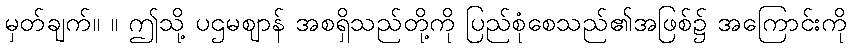
မှတ်ချက်။ ။ ဤသို့ ပဌမဈာန် အစရှိသည်တို့ကို ပြည်စုံစေသည်၏အဖြစ်၌ အကြောင်းကို